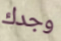
وجدك